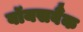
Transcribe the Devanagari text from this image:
वॉयसबैंक